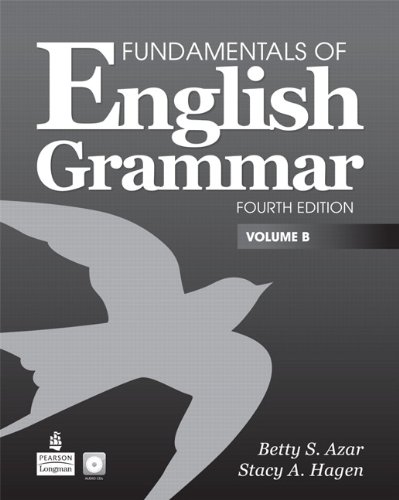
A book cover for Fundamentals of English Grammar, Volume B (4th Edition); Betty Schrampfer Azar; Reference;